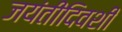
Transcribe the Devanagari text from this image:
जयंतीदिवशी